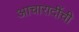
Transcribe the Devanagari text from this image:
आचारादींची